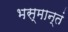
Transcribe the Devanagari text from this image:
भस्मान्तं